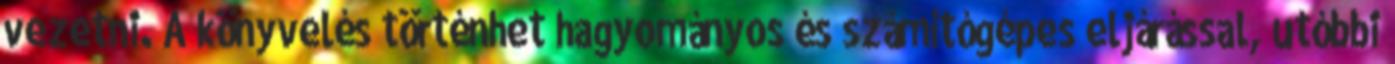
vezetni. A könyvelés történhet hagyományos és számítógépes eljárással, utóbbi